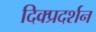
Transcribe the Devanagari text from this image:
दिक्प्रदर्शन